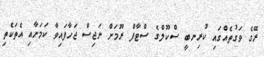
ރޭގެ ވަގުތެއްގައި ކުރިނބީ ސްކޫލްގެ ސްޓާފް ރޫމަށް ނަޖިސް ޖަހާފައިވާ ކަމަށާއި އެތަކެތި